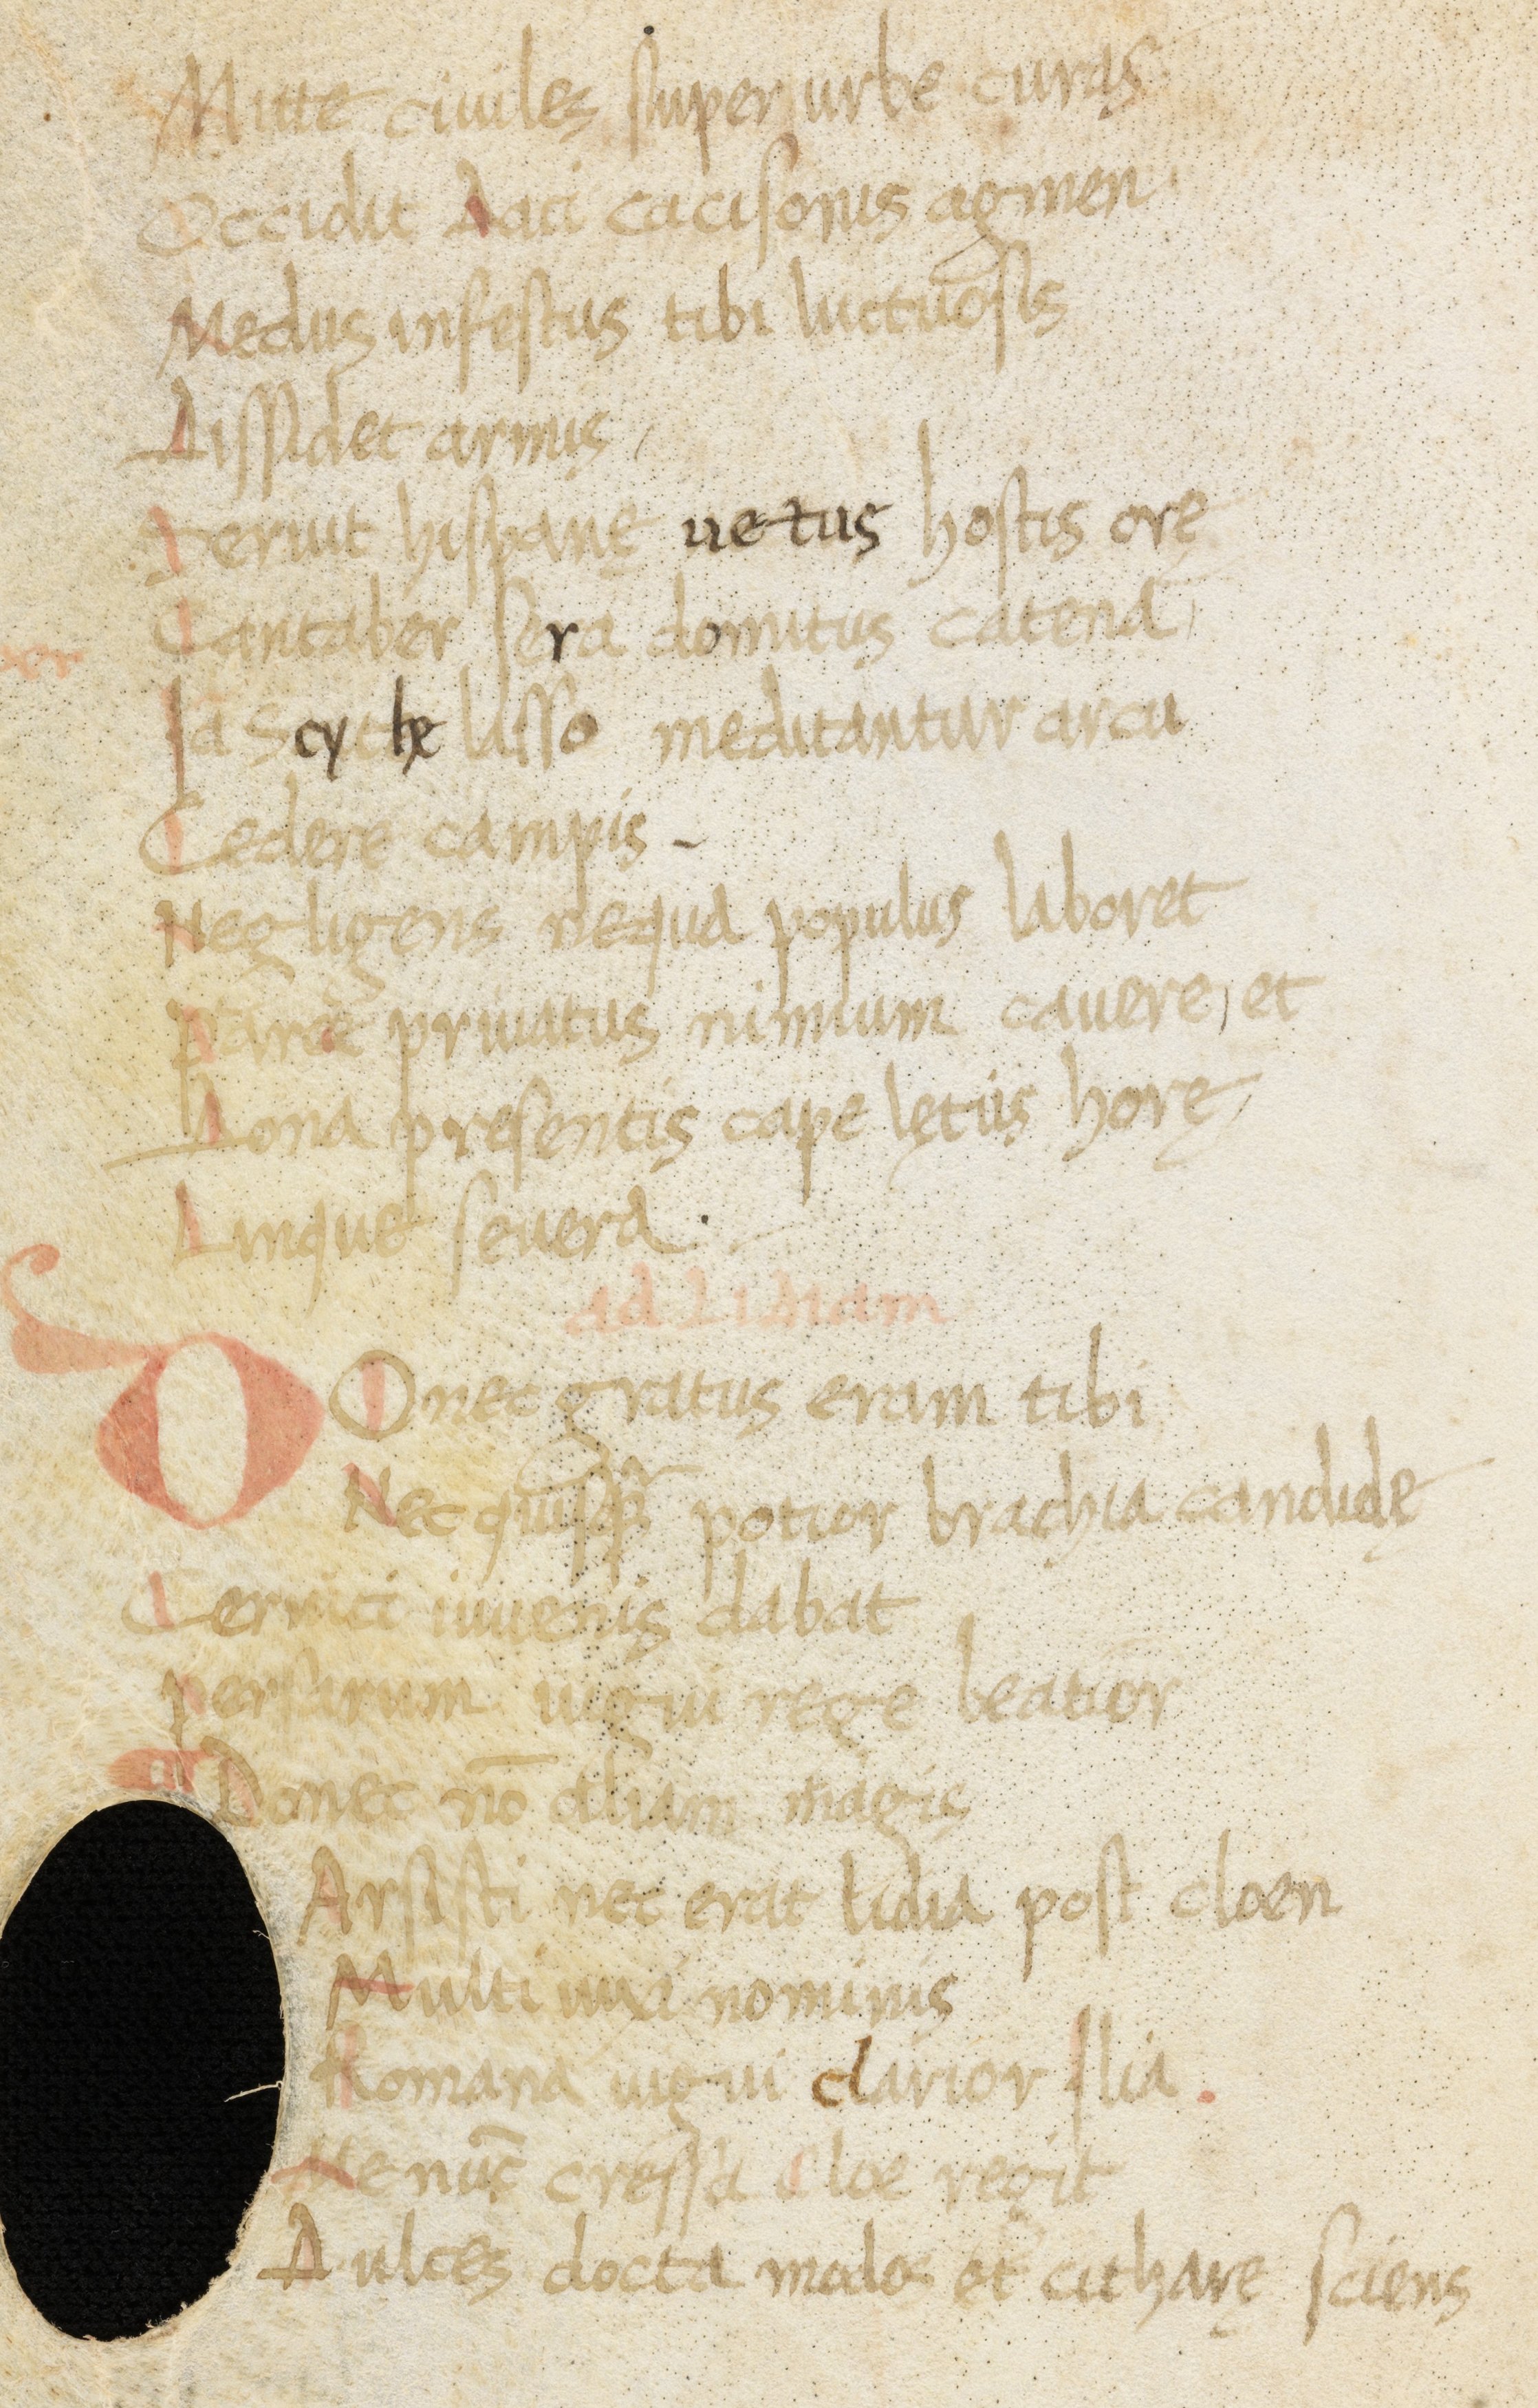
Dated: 1400–1499